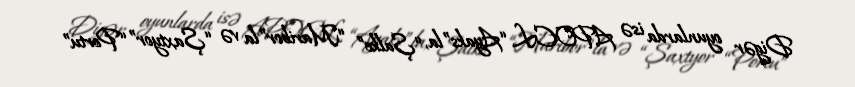
Digər oyunlarda isə APOEL “Ayaks”la, “Şalke” “Maribor”la və “Şaxtyor” “Portu”